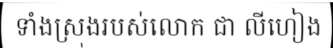
ទាំងស្រុងរបស់លោក ជា លីហៀង